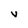
Character: V